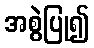
အစွဲပြု၍